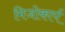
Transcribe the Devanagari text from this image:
मिजोकार्प